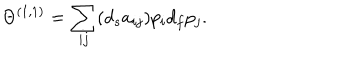
\Theta ^ { ( 1 , 1 ) } = \sum _ { i j } ( d _ { s } a _ { i j } ) p _ { i } d _ { f } p _ { j } .